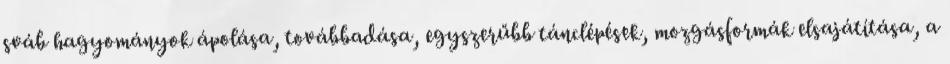
sváb hagyományok ápolása, továbbadása, egyszerűbb tánclépések, mozgásformák elsajátítása, a